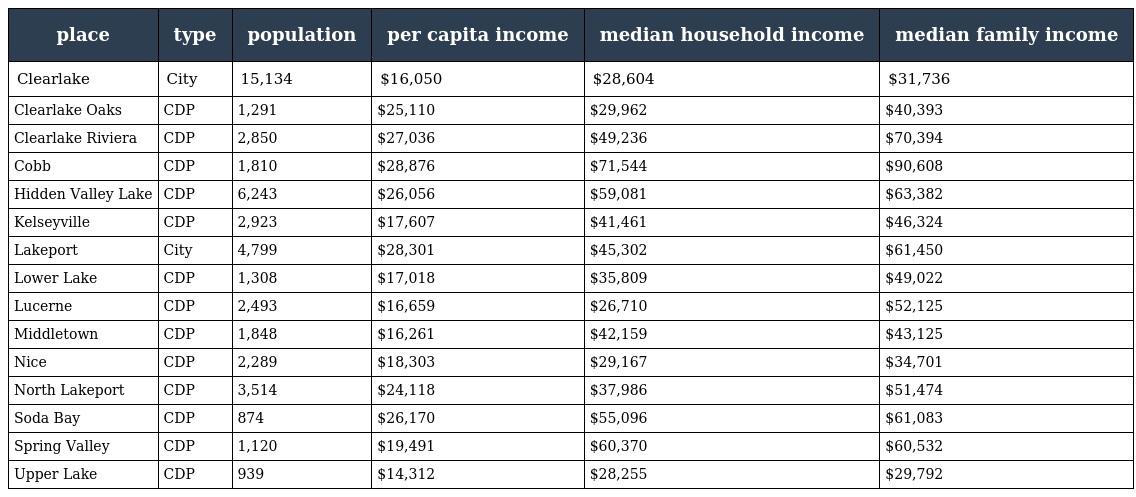
| place | type | population | per capita income | median household income | median family income |
 | --- | --- | --- | --- | --- | --- |
 | Clearlake | City | 15,134 | $16,050 | $28,604 | $31,736 |
 | Clearlake Oaks | CDP | 1,291 | $25,110 | $29,962 | $40,393 |
 | Clearlake Riviera | CDP | 2,850 | $27,036 | $49,236 | $70,394 |
 | Cobb | CDP | 1,810 | $28,876 | $71,544 | $90,608 |
 | Hidden Valley Lake | CDP | 6,243 | $26,056 | $59,081 | $63,382 |
 | Kelseyville | CDP | 2,923 | $17,607 | $41,461 | $46,324 |
 | Lakeport | City | 4,799 | $28,301 | $45,302 | $61,450 |
 | Lower Lake | CDP | 1,308 | $17,018 | $35,809 | $49,022 |
 | Lucerne | CDP | 2,493 | $16,659 | $26,710 | $52,125 |
 | Middletown | CDP | 1,848 | $16,261 | $42,159 | $43,125 |
 | Nice | CDP | 2,289 | $18,303 | $29,167 | $34,701 |
 | North Lakeport | CDP | 3,514 | $24,118 | $37,986 | $51,474 |
 | Soda Bay | CDP | 874 | $26,170 | $55,096 | $61,083 |
 | Spring Valley | CDP | 1,120 | $19,491 | $60,370 | $60,532 |
 | Upper Lake | CDP | 939 | $14,312 | $28,255 | $29,792 |